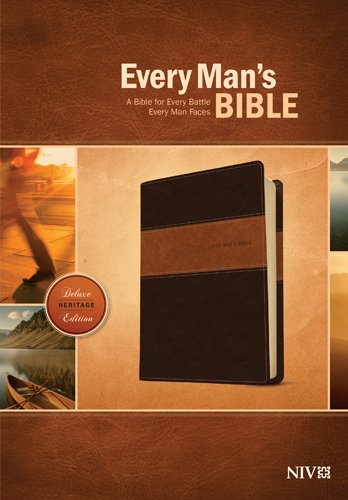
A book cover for Every Man's Bible NIV: Deluxe Heritage Edition; Stephen Arterburn; Christian Books & Bibles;